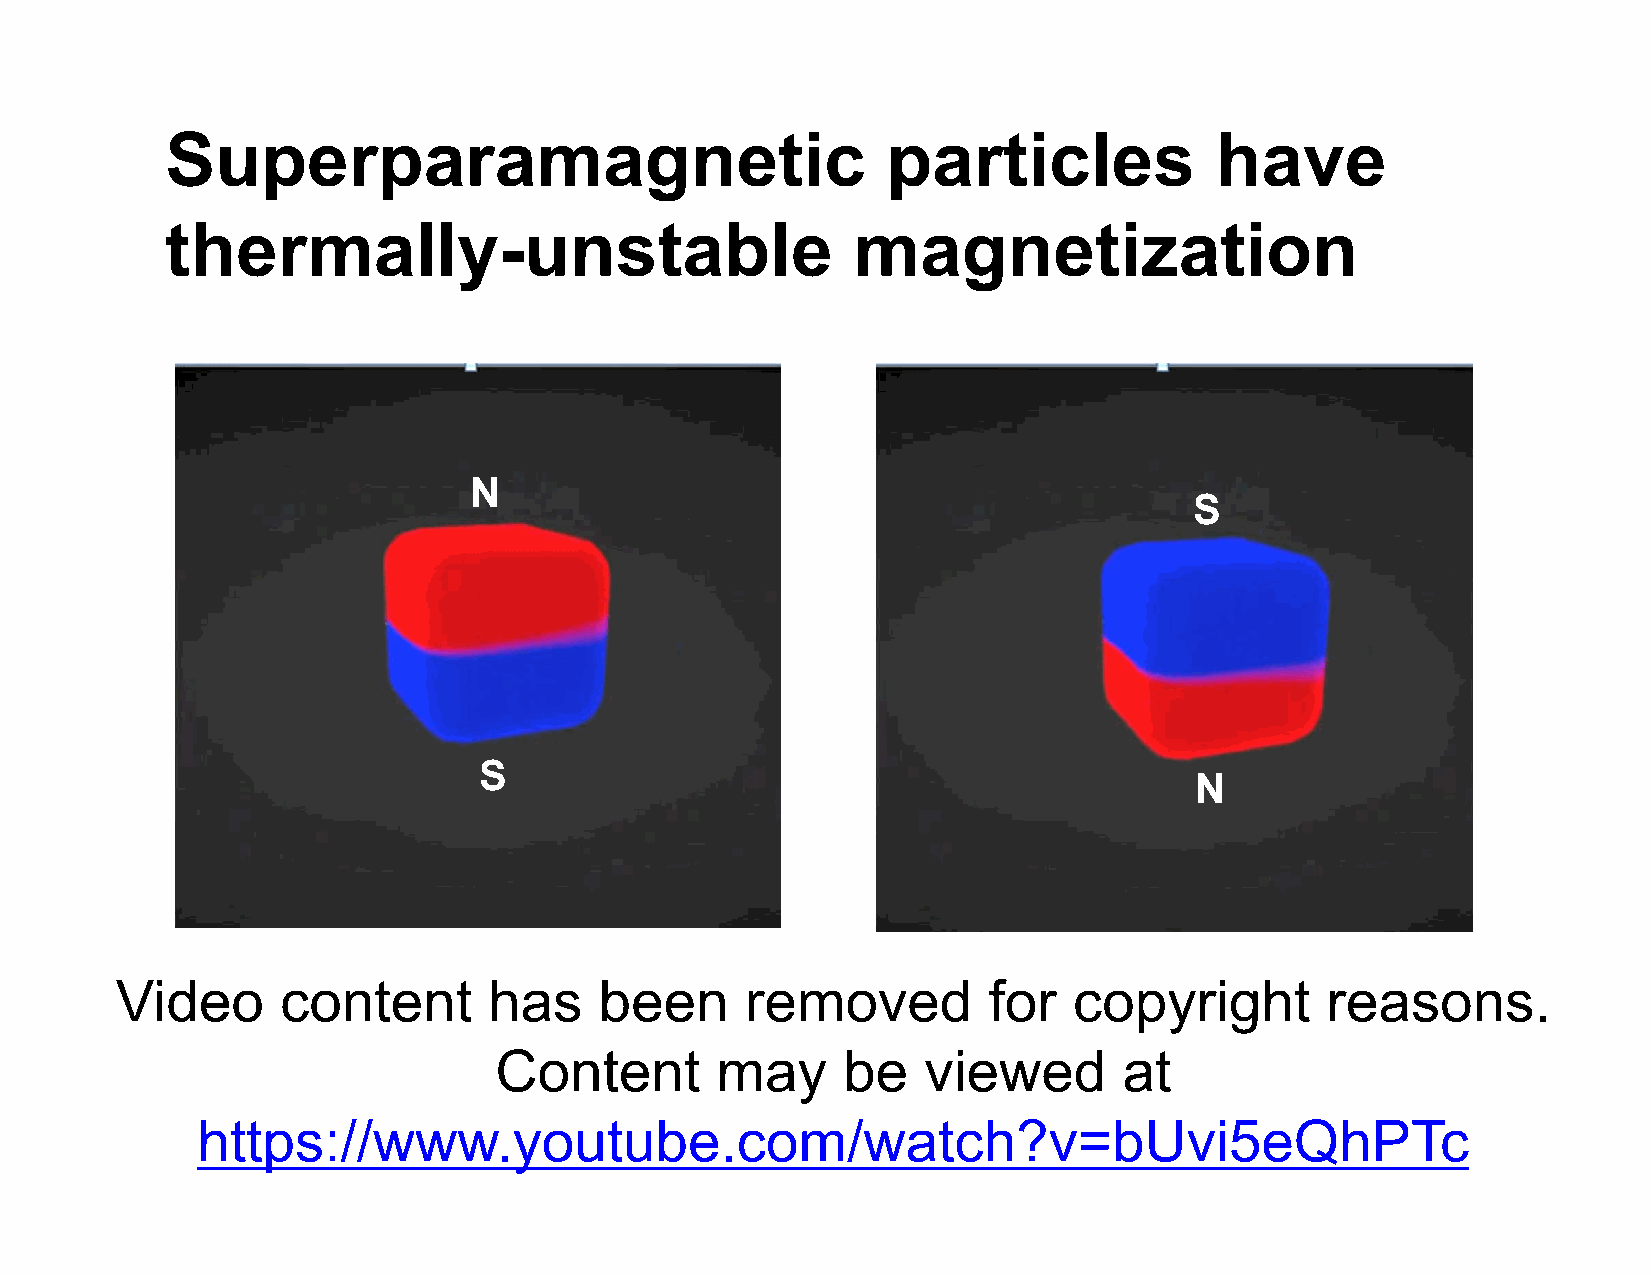
Superparamagnetic                               particles            have
 thermally-unstable                           magnetization
 N
 S
 S
 N
 Video      content      has     been     removed         for   copyright        reasons.
 Content       may      be   viewed       at
 https://www.youtube.com/watch?v=bUvi5eQhPTc